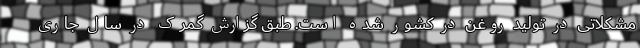
مشکلاتی در تولید روغن در کشور شده است. طبق گزارش گمرک در سال جاری